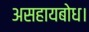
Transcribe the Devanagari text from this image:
असहायबोध।